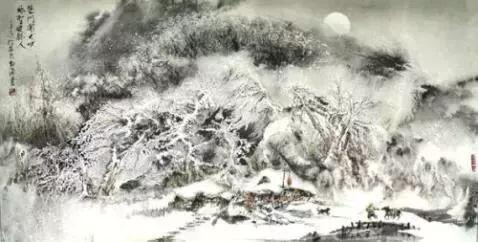
寂寞柴门村落里，也教插柳记年华。